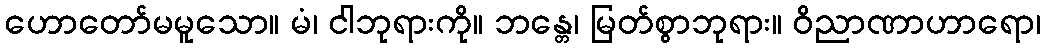
ဟောတော်မမူသော။ မံ၊ ငါဘုရားကို။ ဘန္တေ၊ မြတ်စွာဘုရား။ ဝိညာဏာဟာရော၊